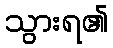
သွားရ၏